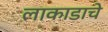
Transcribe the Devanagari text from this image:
लाकाडाचे